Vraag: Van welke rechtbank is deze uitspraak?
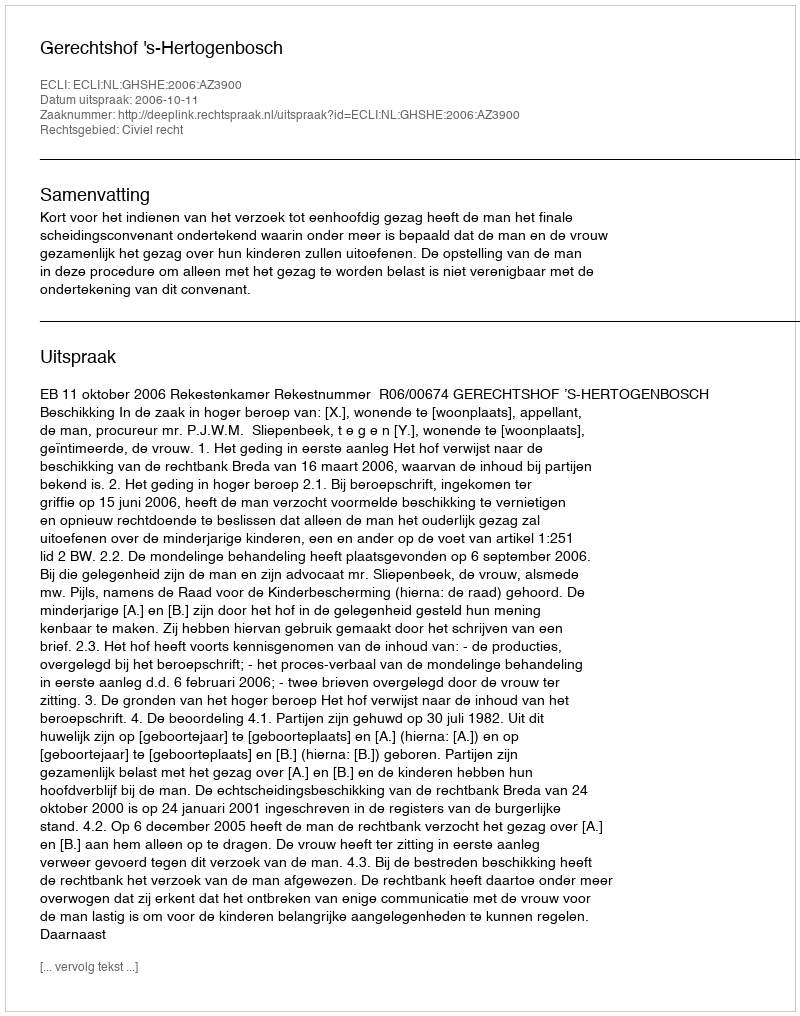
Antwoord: Gerechtshof 's-Hertogenbosch